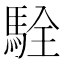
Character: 駩